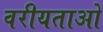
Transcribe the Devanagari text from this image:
वरीयताओ